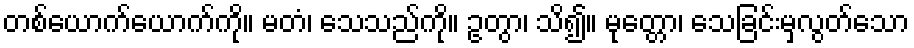
တစ်ယောက်ယောက်ကို။ မတံ၊ သေသည်ကို။ ဥတွာ၊ သိ၍။ မုတ္တော၊ သေခြင်းမှလွတ်သော